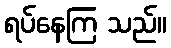
ရပ်နေကြ သည်။